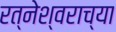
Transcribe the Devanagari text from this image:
रत्नेश्वराच्या